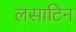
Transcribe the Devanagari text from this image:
लसाटिन